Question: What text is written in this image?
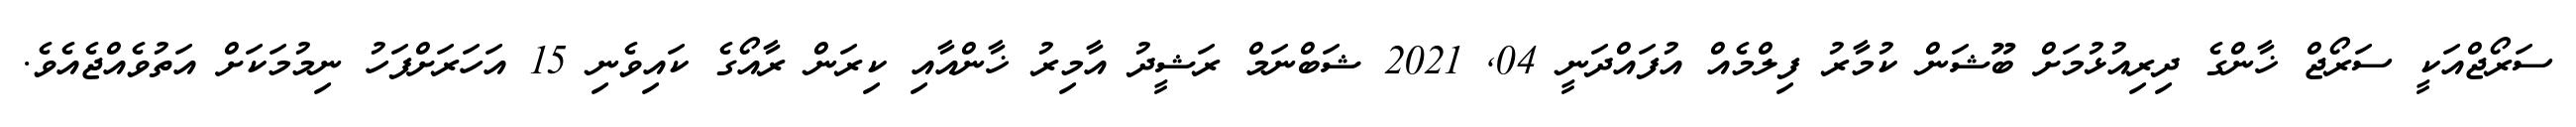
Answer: ސަރޯޖްއަކީ ސަރޯޖް ޚާންގެ ދިރިއުޅުމަށް ބޫޝަން ކުމާރު ފިލްމެއް އުފައްދަނީ 04, 2021 ޝަބްނަމް ރަޝީދު އާމިރު ޚާންއާއި ކިރަން ރާއޯގެ ކައިވެނި 15 އަހަރަށްފަހު ނިމުމަކަށް އަތުވެއްޖެއެވެ.